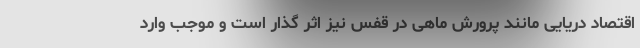
اقتصاد دریایی مانند پرورش ماهی در قفس نیز اثر گذار است و موجب وارد